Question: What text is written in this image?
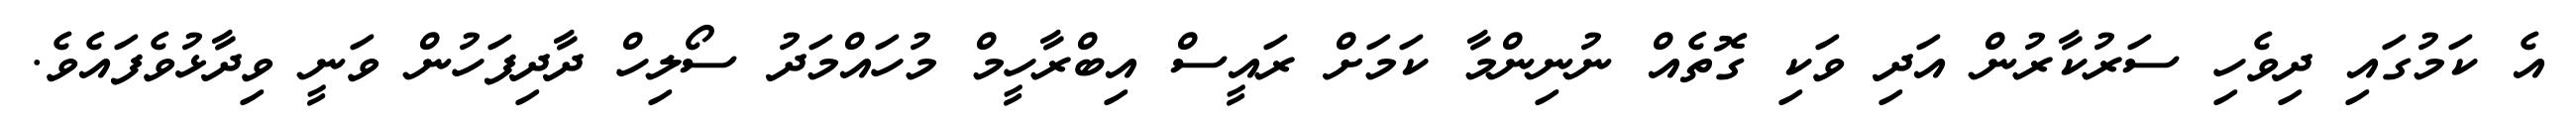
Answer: އެ ކަމުގައި ދިވެހި ސަރުކާރުން އަދި ވަކި ގޮތެއް ނުނިންމާ ކަމަށް ރައީސް އިބްރާހީމް މުހައްމަދު ސޯލިހް ދާދިފަހުން ވަނީ ވިދާޅުވެފައެވެ.